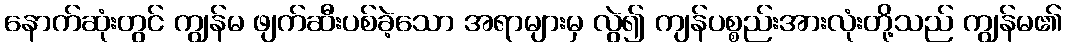
နောက်ဆုံးတွင် ကျွန်မ ဖျက်ဆီးပစ်ခဲ့သော အရာများမှ လွဲ၍ ကျန်ပစ္စည်းအားလုံးတို့သည် ကျွန်မ၏